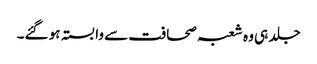
جلد ہی وہ شعبہ صحافت سے وابستہ ہو گئے۔